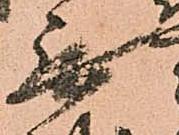
無